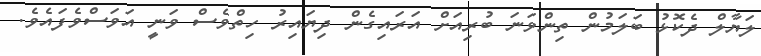
ލަޔާލް ދެކޮޅު ބަލަމުން ތިންވަނަ ބުރިއަށް އަރައިގެން ދިޔައިރު ހިތްވެސް ވަނީ އަވަސްވެފައެވެ.